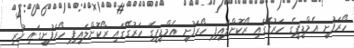
ހޯރަފުށީ އެމްޑީޕީގެ ހަރުގޭގައި ރޯކޮށްލައިފި ހޯރަފުށީ އެމްޑީޕީގެ ހަރުގޭގައި ރޯކޮށްލައިފި ހޯރަފުށީގައި ހުރި